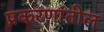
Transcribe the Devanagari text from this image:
प्रकरणांतील